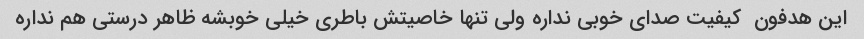
این هدفون  کیفیت صدای خوبی نداره ولی تنها خاصیتش باطری خیلی خوبشه ظاهر درستی هم نداره